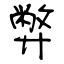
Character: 弊